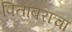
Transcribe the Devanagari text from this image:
पितांबराचा